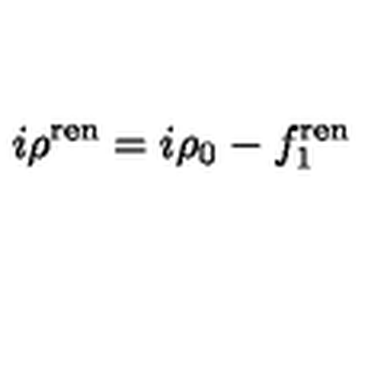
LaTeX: i \rho ^ { { \mathrm { \scriptsize r e n } } } = i \rho _ { 0 } - f _ { 1 } ^ { { \mathrm { \scriptsize r e n } } }